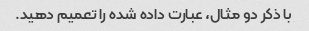
با ذکر دو مثال، عبارت داده شده را تعمیم دهید.